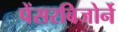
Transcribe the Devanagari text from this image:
पेंसरबिजोर्ने